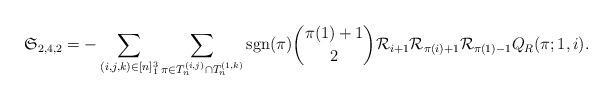
LaTeX: \begin{align*} \mathfrak{S}_{2,4,2} &= -\sum_{(i,j,k)\in [n]_1^3}\sum_{\pi \in T_n^{(i,j)}\cap T_n^{(1,k)}} \mathrm{sgn}(\pi) \binom{\pi(1)+1}{2} \mathcal{R}_{i+1}\mathcal{R}_{\pi(i)+1}\mathcal{R}_{\pi(1)-1} Q_{R}(\pi;1,i). \end{align*}